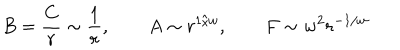
LaTeX: B = \frac { C } { r } \sim \frac { 1 } { r } , \qquad A \sim r ^ { 1 / w } , \qquad F \sim w ^ { 2 } r ^ { - 1 / w } \,